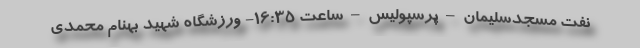
نفت مسجدسلیمان – پرسپولیس – ساعت ۱۶:۳۵- ورزشگاه شهید بهنام محمدی